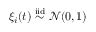
\xi _ { i } ( t ) \overset { \mathrm { i i d } } { \sim } \mathcal { N } ( 0 , 1 )